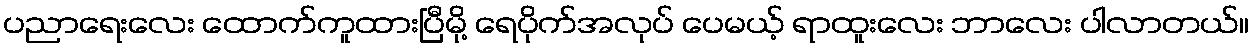
ပညာရေးလေး ထောက်ကူထားပြီမို့ ရေပိုက်အလုပ် ပေမယ့် ရာထူးလေး ဘာလေး ပါလာတယ်။